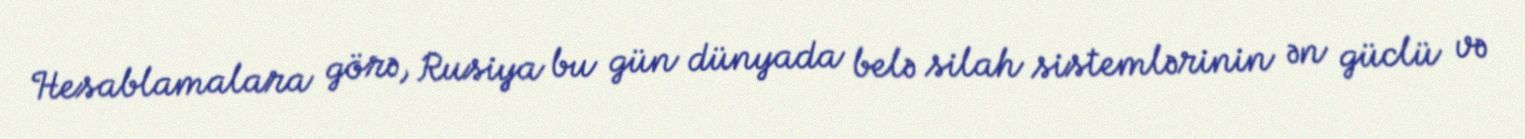
Hesablamalara görə, Rusiya bu gün dünyada belə silah sistemlərinin ən güclü və